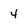
Character: 4